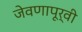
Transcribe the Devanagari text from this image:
जेवणापूर्वी